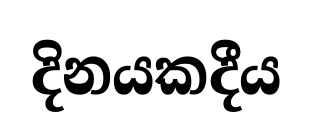
දිනයකදීය